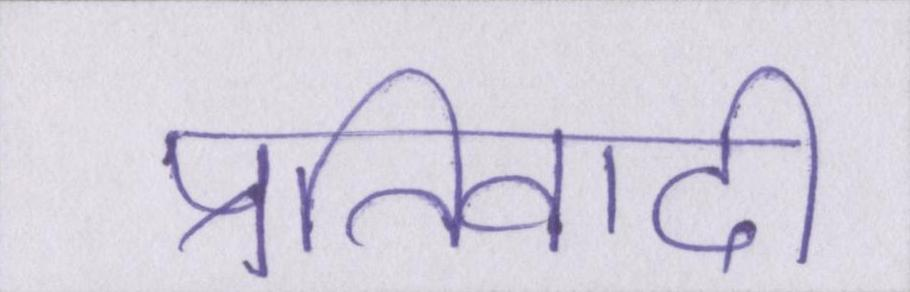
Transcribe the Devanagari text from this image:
प्रतिवादी